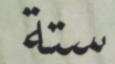
ستة